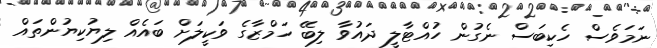
ނަމަވެސް ހެކިބަސް ނެގުން ހުއްޓާލީ ދައުވާ ލިބޭ ހަމްޒާގެ ވަކީލަށް ބައެއް ލިޔުކިޔުންތައް